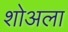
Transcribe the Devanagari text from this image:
शोअला